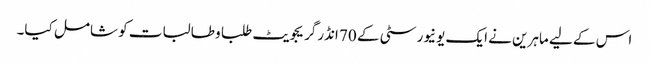
اس کے لیے ماہرین نے ایک یونیورسٹی کے 70 انڈرگریجویٹ طلبا و طالبات کو شامل کیا۔